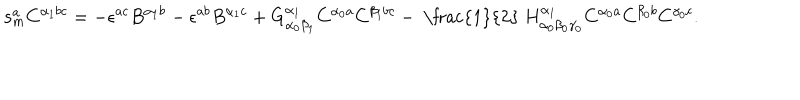
\mathbf { s } _ { m } ^ { a } C ^ { \alpha _ { 1 } b c } = - \epsilon ^ { a c } B ^ { \alpha _ { 1 } b } - \epsilon ^ { a b } B ^ { \alpha _ { 1 } c } + G _ { \alpha _ { 0 } \beta _ { 1 } } ^ { \alpha _ { 1 } } C ^ { \alpha _ { 0 } a } C ^ { \beta _ { 1 } b c } - \mathrm { ~ \frac { 1 } { 2 } ~ } H _ { \alpha _ { 0 } \beta _ { 0 } \gamma _ { 0 } } ^ { \alpha _ { 1 } } C ^ { \alpha _ { 0 } a } C ^ { \beta _ { 0 } b } C ^ { \gamma _ { 0 } c } .